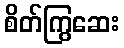
စိတ်ကြွဆေး